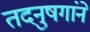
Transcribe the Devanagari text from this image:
तदनुषगांने